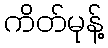
ကိတ်မုန့်